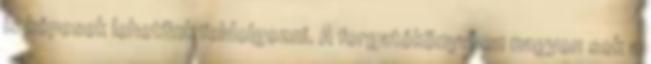
is képesek lehetünk feldolgozni. A forgatókönyvben nagyon sok a